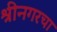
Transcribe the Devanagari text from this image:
श्रीनगरचा